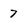
Character: 7